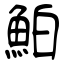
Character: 鮊